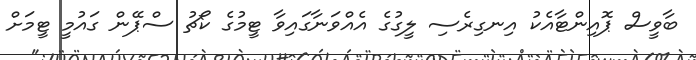
ބާވީސް ޕޮއިންޓާއެކު އިނގިރެސި ލީގުގެ އެއްވަނާގައިވާ ޓީމުގެ ކޯޗު ސްޕޭން ގައުމީ ޓީމަށް